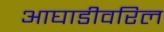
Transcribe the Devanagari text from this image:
आघाडीवरिल